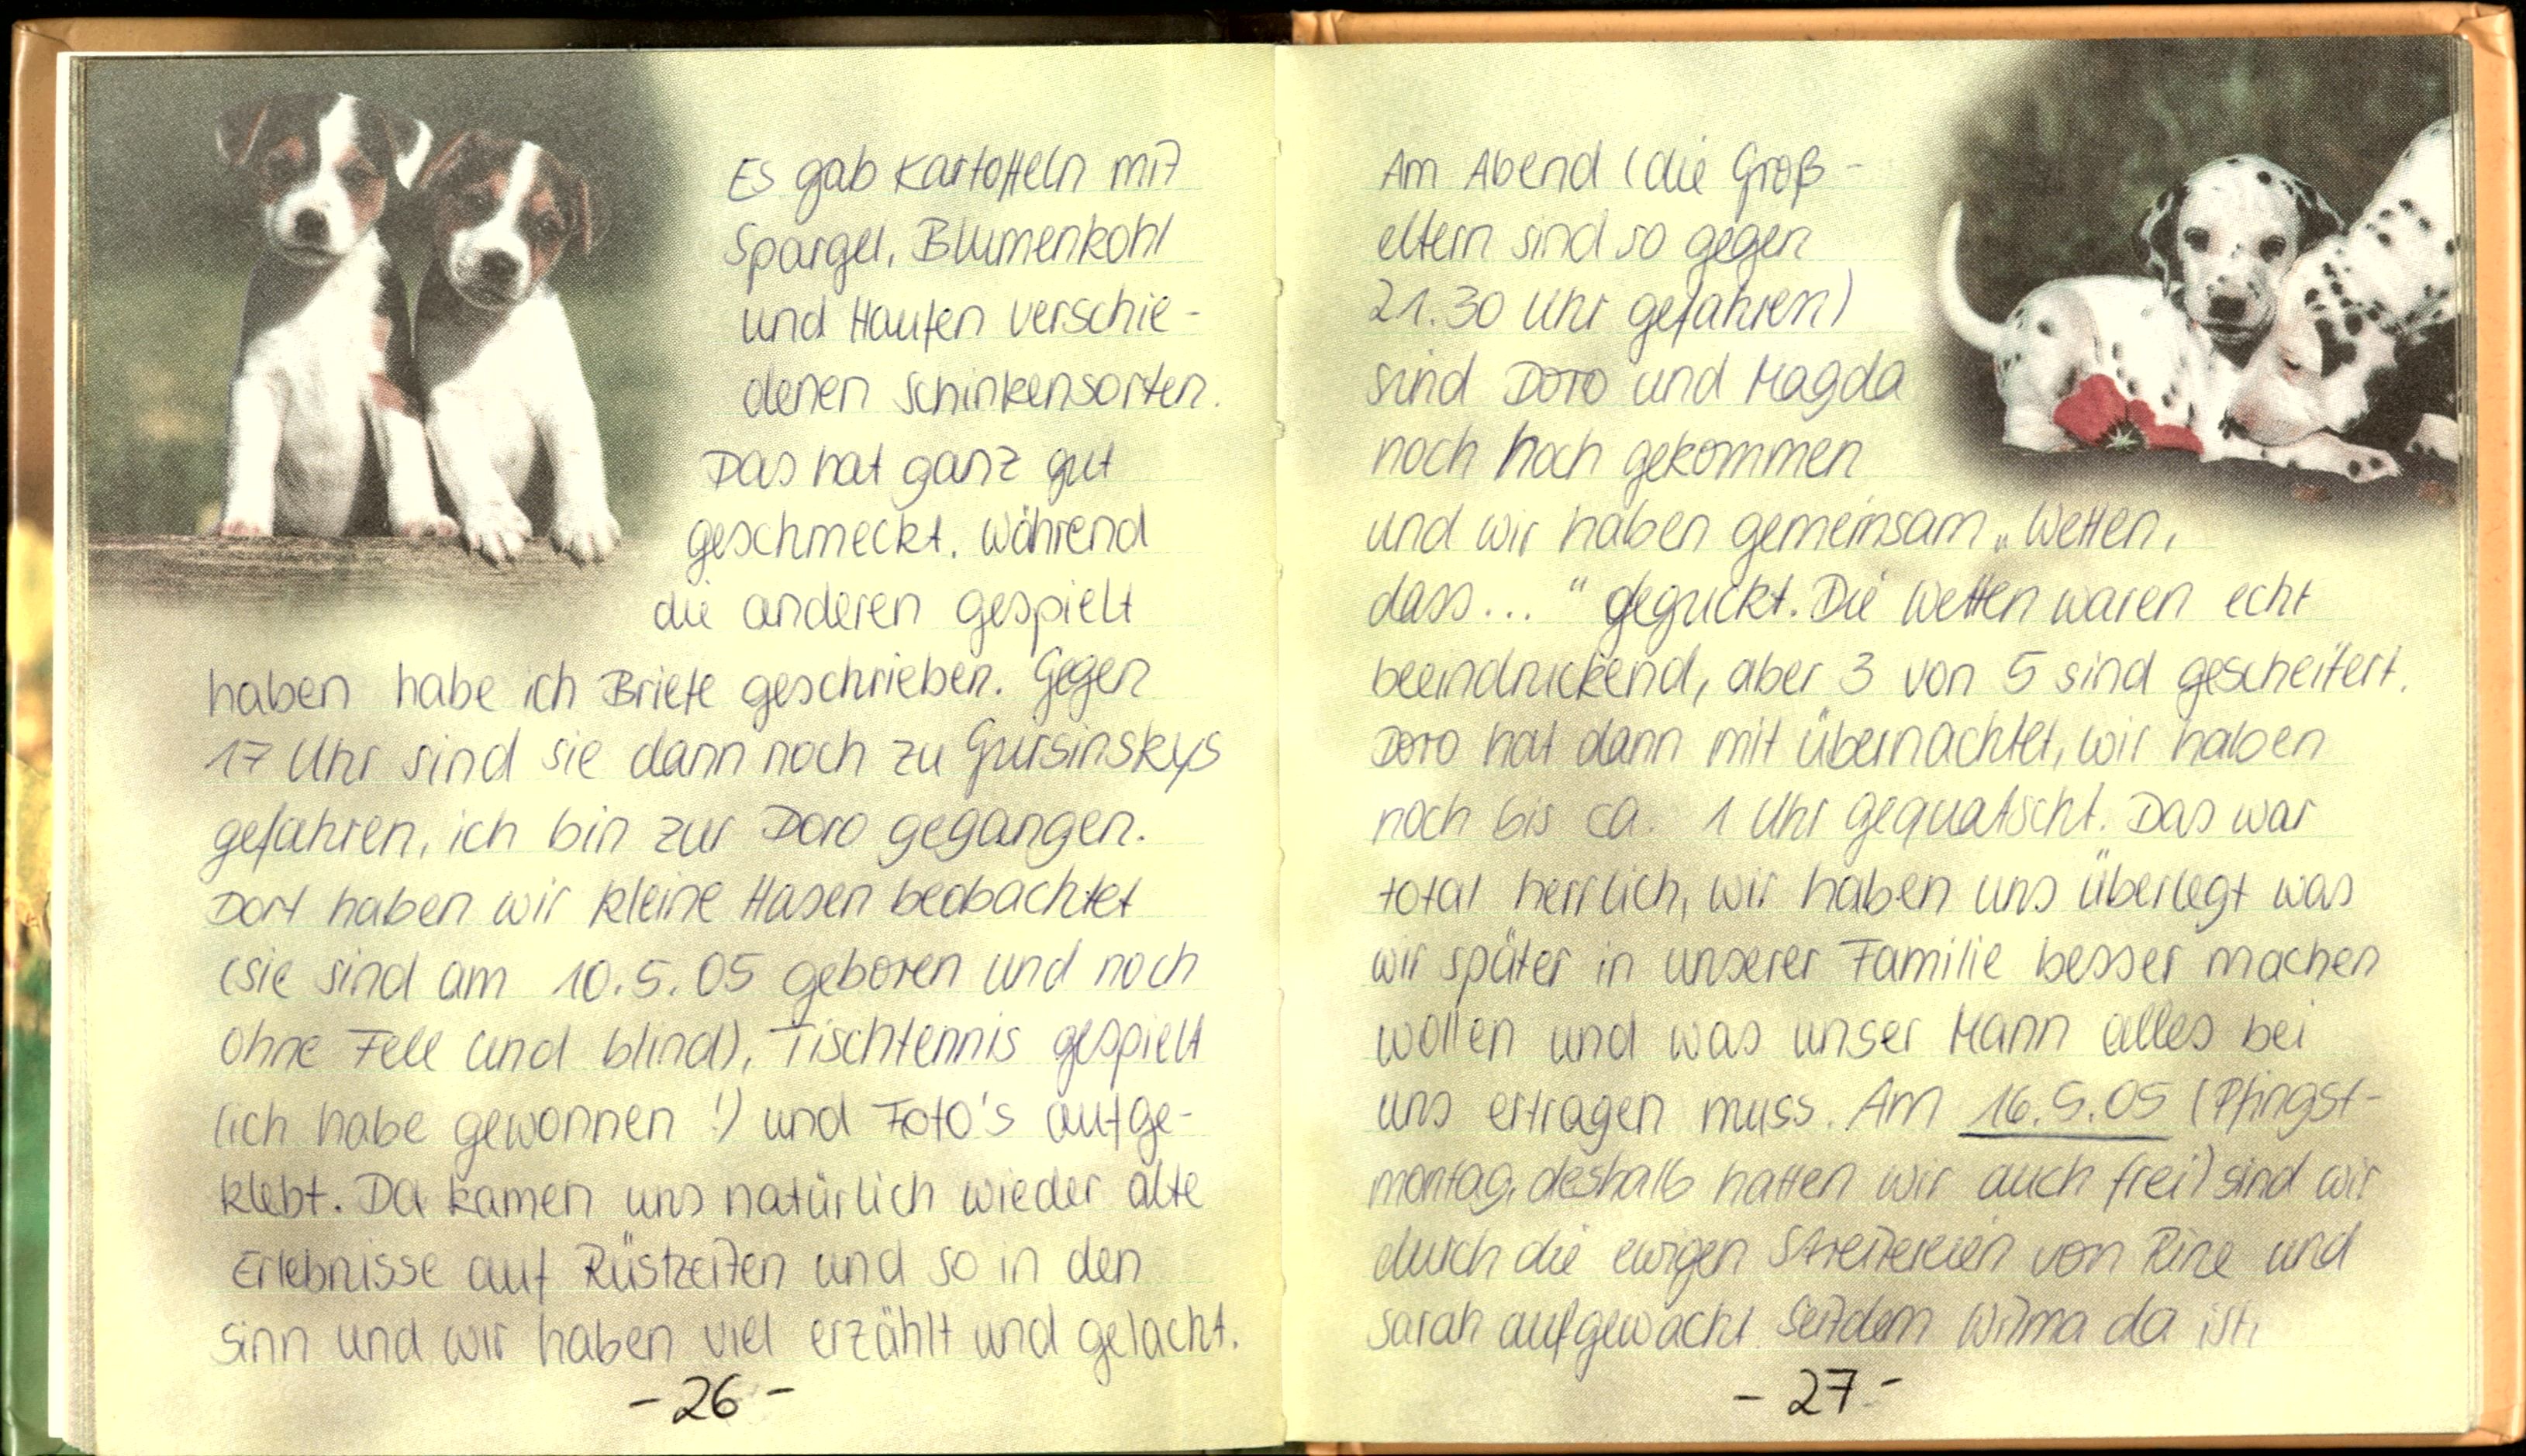
Es gab Kartoffeln mit
Spargel, Blumenkohl
und Haufen verschie-
denen Schinkensorten.
Das hat ganz gut
geschmeckt. Während
die anderen gespielt
haben habe ich Briefe geschrieben. Gegen
17 Uhr sind sie dann noch zu Gursinskys
gefahren, ich bin zur Doro gegangen.
Dort haben wir kleine Hasen beobachtet
(sie sind am 10.5.05 geboren und noch
ohne Fell und blind), Tischtennis gespielt
(ich habe gewonnen!) und Foto's aufge-
klebt. Dor kamen uns natürlich wieder alte
Erlebnisse auf Rüstzeiten und so in den
Sinn und wir haben viel erzählt und gelacht.

Am Abend (die Groß-
eltern sind so gegen
21.30 Uhr gefahren)
sind Doro und Magda
noch hoch gekommen
und wir haben gemeinsam „Wetten,
dass... " geguckt. Die Wetten waren echt
beeindruckend, aber 3 von 5 sind gescheitert.
Doro hat dann mit übernachtet, wir haben
noch bis ca. 1 Uhr gequatscht. Das war
total herrlich, wir haben uns überlegt was
wir später in unserer Familie besser machen
wollen und was unser Mann alles bei
uns ertragen muss. Am 16.5.05 (Pfingst-
montag, deshalb hatten wir auch frein) sind wir
durch die ewigen Streitereien von Rine und
Sarah aufgewacht. Seitdem Wilma da ist,